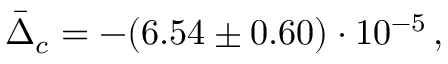
\bar { \Delta } _ { c } = - ( 6 . 5 4 \pm 0 . 6 0 ) \cdot 1 0 ^ { - 5 } \, ,